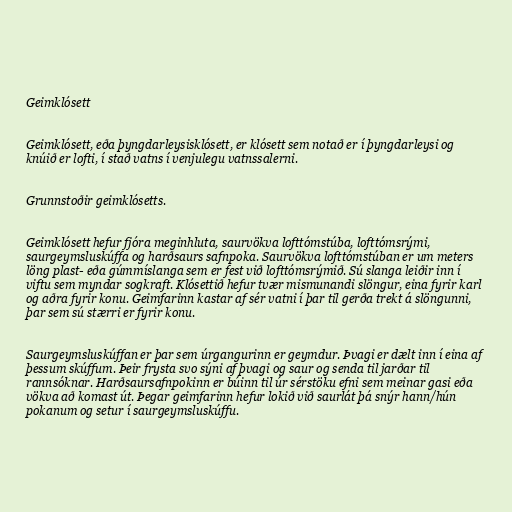
Geimklósett

Geimklósett, eða þyngdarleysisklósett, er klósett sem notað er í þyngdarleysi og
knúið er lofti, í stað vatns í venjulegu vatnssalerni.

Grunnstoðir geimklósetts.

Geimklósett hefur fjóra meginhluta, saurvökva lofttómstúba, lofttómsrými,
saurgeymsluskúffa og harðsaurs safnpoka. Saurvökva lofttómstúban er um meters
löng plast- eða gúmmíslanga sem er fest við lofttómsrýmið. Sú slanga leiðir inn í
viftu sem myndar sogkraft. Klósettið hefur tvær mismunandi slöngur, eina fyrir karl
og aðra fyrir konu. Geimfarinn kastar af sér vatni í þar til gerða trekt á slöngunni,
þar sem sú stærri er fyrir konu.

Saurgeymsluskúffan er þar sem úrgangurinn er geymdur. Þvagi er dælt inn í eina af
þessum skúffum. Þeir frysta svo sýni af þvagi og saur og senda til jarðar til
rannsóknar. Harðsaursafnpokinn er búinn til úr sérstöku efni sem meinar gasi eða
vökva að komast út. Þegar geimfarinn hefur lokið við saurlát þá snýr hann/hún
pokanum og setur í saurgeymsluskúffu.